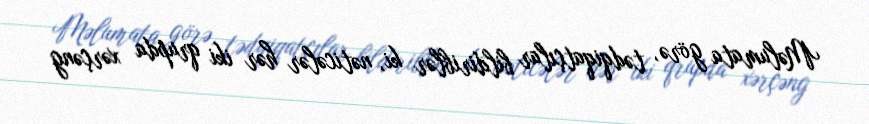
Məlumata görə, tədqiqatçılar bildiriblər ki, nəticələr hər iki qrupda xərçəng